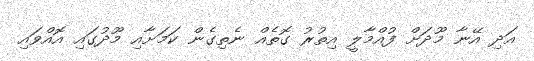
އަދި އޭނާ މޫދަށް ފުއްމާލީ އިތުރު ގޮތެއް ނެތިގެން ކަމަށާއި މޫދުގައި އޮއްވައި